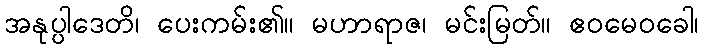
အနုပ္ပါဒေတိ၊ ပေးကမ်း၏။ မဟာရာဇ၊ မင်းမြတ်။ ဧဝမေဝခေါ၊